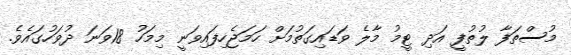
މުސްތަފާ ލުތުފީ އަދި ޓީމު މާލެ ވަޑައިގަތުމަށް ހަމަޖެހިފައިވަނީ މިމަހު 18ވަަނަ ދުވަހުގައެވެ.